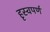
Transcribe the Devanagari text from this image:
हृस्वपर्ण